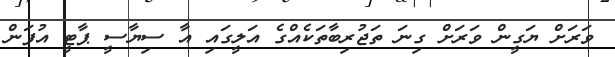
ވަރަށް ޔަގީން ވަރަށް ގިނަ ތަޖުރިބާތަކެއްގެ އަލީގައި އާ ސިޔާސީ ޕާޓީ އުފަން